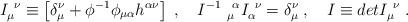
LaTeX: \begin{align*}I_{\mu}^{\ \nu}\equiv \left[ \delta_\mu^\nu + \phi^{-1}\phi_{\mu\alpha}h^{\alpha\nu}\right] \;,\quad I^{-1}\ _\mu^{\ \alpha} I_\alpha^{\ \nu} =\delta_\mu^\nu \;,\quad I\equiv detI_\mu^{\ \nu}\; . \end{align*}